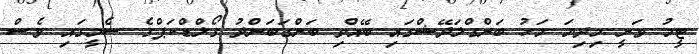
ޓީމު ވަނީ މިދިޔަ މަހު ބަންގްލަދޭޝްގައި ބޭއްވި ބަންގަބަންދު ގޯލްޑްކަޕްގެ ސެމީގައި ވެސް